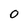
Character: O